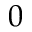
0